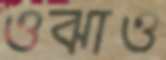
ওঝাও